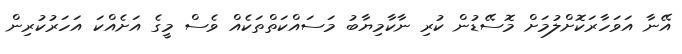
އޭނާ އަވަހާރަކޮށްލުމަށް މޮސޭޑުން ކުރި ނާކާމިޔާބު މަސައްކަތްތަކެއް ވެސް މީގެ އަށެއްކަ އަހަރުކުރިން